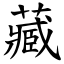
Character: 藏